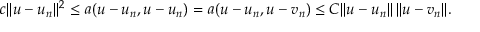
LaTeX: c \| u - u _ { n } \| ^ { 2 } \leq a ( u - u _ { n } , u - u _ { n } ) = a ( u - u _ { n } , u - v _ { n } ) \leq C \| u - u _ { n } \| \, \| u - v _ { n } \| .